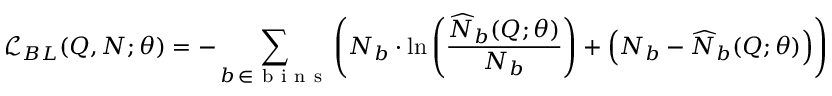
\mathcal { L } _ { B L } ( Q , N ; \theta ) = - \sum _ { b \, \in \mathrm { ~ b ~ i ~ n ~ s ~ } } \left( N _ { b } \cdot \ln \left( \frac { \widehat { N } _ { b } ( Q ; \theta ) } { N _ { b } } \right) + \left( N _ { b } - \widehat { N } _ { b } ( Q ; \theta ) \right) \right) .